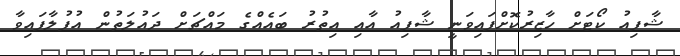
ޝާފިއު ކޯޓަށް ހާޒިރުކޮށްފައިވަނީ ޝާފިއު އާއި އިތުރު ބައެއްގެ މައްޗަށް ދައުލަތުން އުފުލާފައިވާ